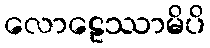
လောဠေဿာမိပိ